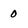
Character: 0